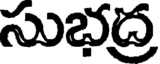
సుభద్ర